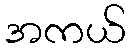
အကယ်